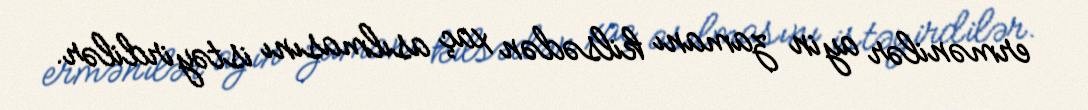
ermənilər ayin zamanı kilsədən xaç asılmasını istəyirdilər.